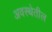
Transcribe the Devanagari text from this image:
अवस्‍थेतील